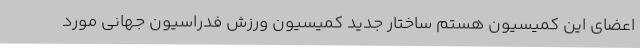
اعضای این کمیسیون هستم ساختار جدید کمیسیون ورزش فدراسیون جهانی مورد